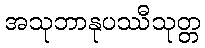
အသုဘာနုပဿီသုတ္တ